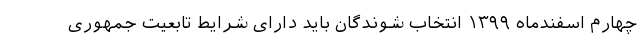
چهارم اسفندماه ۱۳۹۹ انتخاب شوندگان باید دارای شرایط تابعیت جمهوری